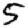
Digit: 5